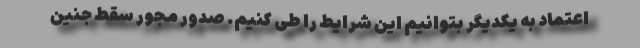
اعتماد به یکدیگر بتوانیم این شرایط را طی کنیم. صدور مجور سقط جنین